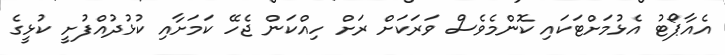
އެއާޕޯޓު އެޅުމަށްޓަކައި ކޮންމެވެސް ވަރަކަށް ރަށް ހިއްކަން ޖެހޭ ކަމަށާއި ކުޅުދުއްފުށީ ކުޅީގެ